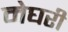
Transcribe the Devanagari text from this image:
मेघरी